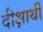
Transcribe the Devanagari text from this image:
दीक्षार्थी